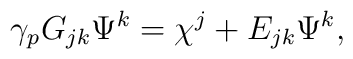
\gamma_p G_{jk} \Psi^k= \chi^j +E_{jk} \Psi^k,